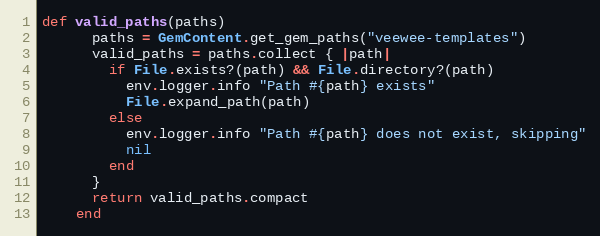
Language: Ruby
def valid_paths(paths)
      paths = GemContent.get_gem_paths("veewee-templates")
      valid_paths = paths.collect { |path|
        if File.exists?(path) && File.directory?(path)
          env.logger.info "Path #{path} exists"
          File.expand_path(path)
        else
          env.logger.info "Path #{path} does not exist, skipping"
          nil
        end
      }
      return valid_paths.compact
    end